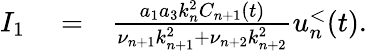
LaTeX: \begin{array}{rlr}{I_{1}}&{{}=}&{\frac{a_{1}a_{3}k_{n}^{2}C_{n+1}(t)}{\nu_{n+1}k_{n+1}^{2}+\nu_{n+2}k_{n+2}^{2}}u_{n}^{<}(t).}\end{array}